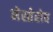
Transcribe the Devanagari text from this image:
नेस्तेरोव